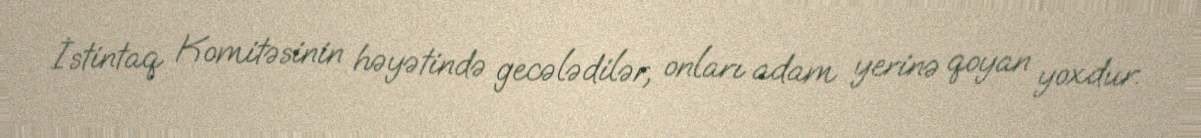
İstintaq Komitəsinin həyətində gecələdilər, onları adam yerinə qoyan yoxdur.